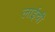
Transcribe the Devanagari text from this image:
लाईची